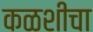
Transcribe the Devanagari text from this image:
कळशीचा